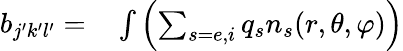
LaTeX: \begin{array}{rl}{b_{j^{\prime}k^{\prime}l^{\prime}}=}&{{}\int\left(\sum_{s=e,i}q_{s}n_{s}(r,\theta,\varphi)\right)}\end{array}